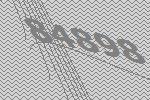
84898